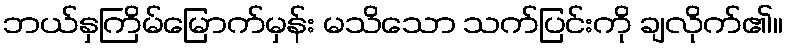
ဘယ်နှကြိမ်မြောက်မှန်း မသိသော သက်ပြင်းကို ချလိုက်၏။